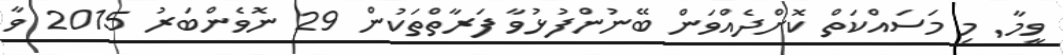
ވީމާ